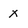
Character: x